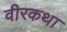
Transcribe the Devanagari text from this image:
वीरकथा